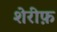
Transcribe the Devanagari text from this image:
शेरीफ़